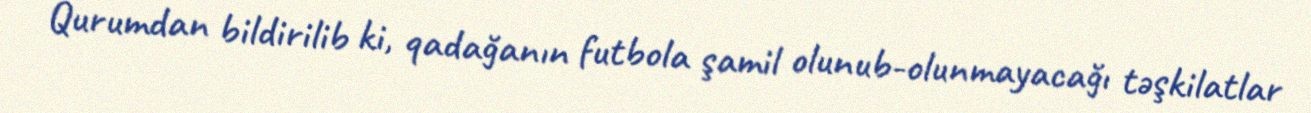
Qurumdan bildirilib ki, qadağanın futbola şamil olunub-olunmayacağı təşkilatlar